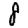
Digit: 8